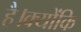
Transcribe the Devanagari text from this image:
है।क्योंकि